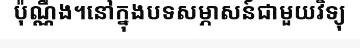
ប៉ុណ្ណឹង។នៅក្នុងបទសម្ភាសន៍ជាមួយវិទ្យុ